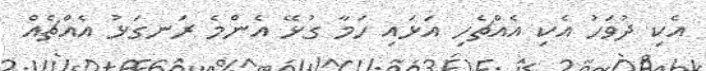
އެކި ދުވަހު އެކި އެއްޗެހި އަޅައި ހަމާ ގުޅޭ އެންމެ ރަނގަޅު އެއްޗެއް